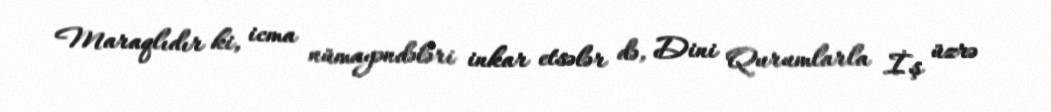
Maraqlıdır ki, icma nümayəndələri inkar etsələr də, Dini Qurumlarla İş üzrə